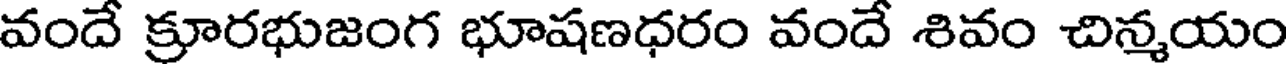
వందే క్రూరభుజంగ భూషణధరం వందే శివం చిన్మయం